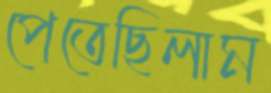
পেতেছিলাম